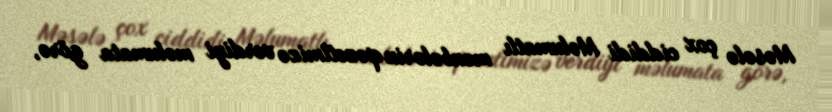
Məsələ çox ciddidi Məlumatlı mənbələrin qəzetimizə verdiyi məlumata görə,